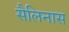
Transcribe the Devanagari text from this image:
सैलिनास